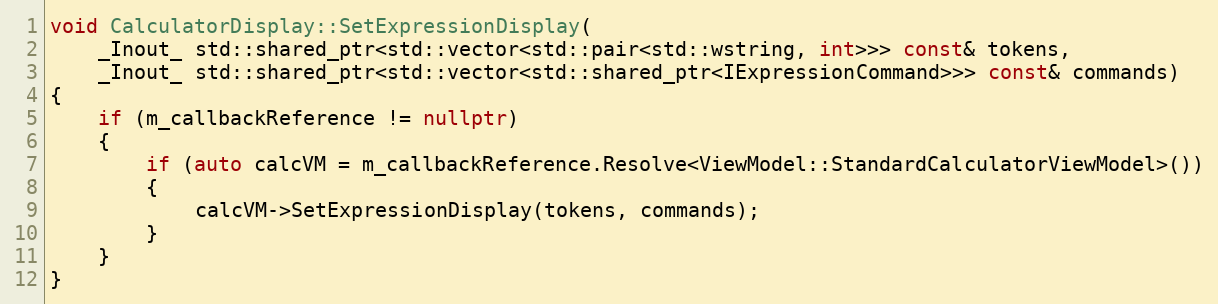
Language: C++
void CalculatorDisplay::SetExpressionDisplay(
    _Inout_ std::shared_ptr<std::vector<std::pair<std::wstring, int>>> const& tokens,
    _Inout_ std::shared_ptr<std::vector<std::shared_ptr<IExpressionCommand>>> const& commands)
{
    if (m_callbackReference != nullptr)
    {
        if (auto calcVM = m_callbackReference.Resolve<ViewModel::StandardCalculatorViewModel>())
        {
            calcVM->SetExpressionDisplay(tokens, commands);
        }
    }
}